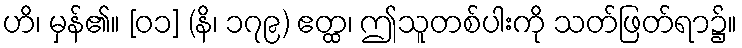
ဟိ၊ မှန်၏။ [၀၁] (နိ၊ ၁၇၉) ဧတ္ထ၊ ဤသူတစ်ပါးကို သတ်ဖြတ်ရာ၌။